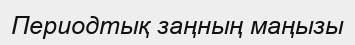
Периодтық заңның маңызы